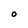
Character: O